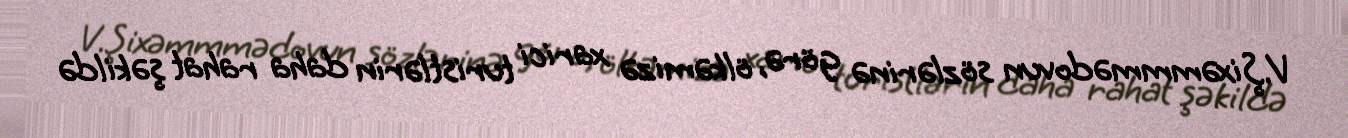
V.Şixəmmmədovun sözlərinə görə, ölkəmizə xarici turistlərin daha rahat şəkildə